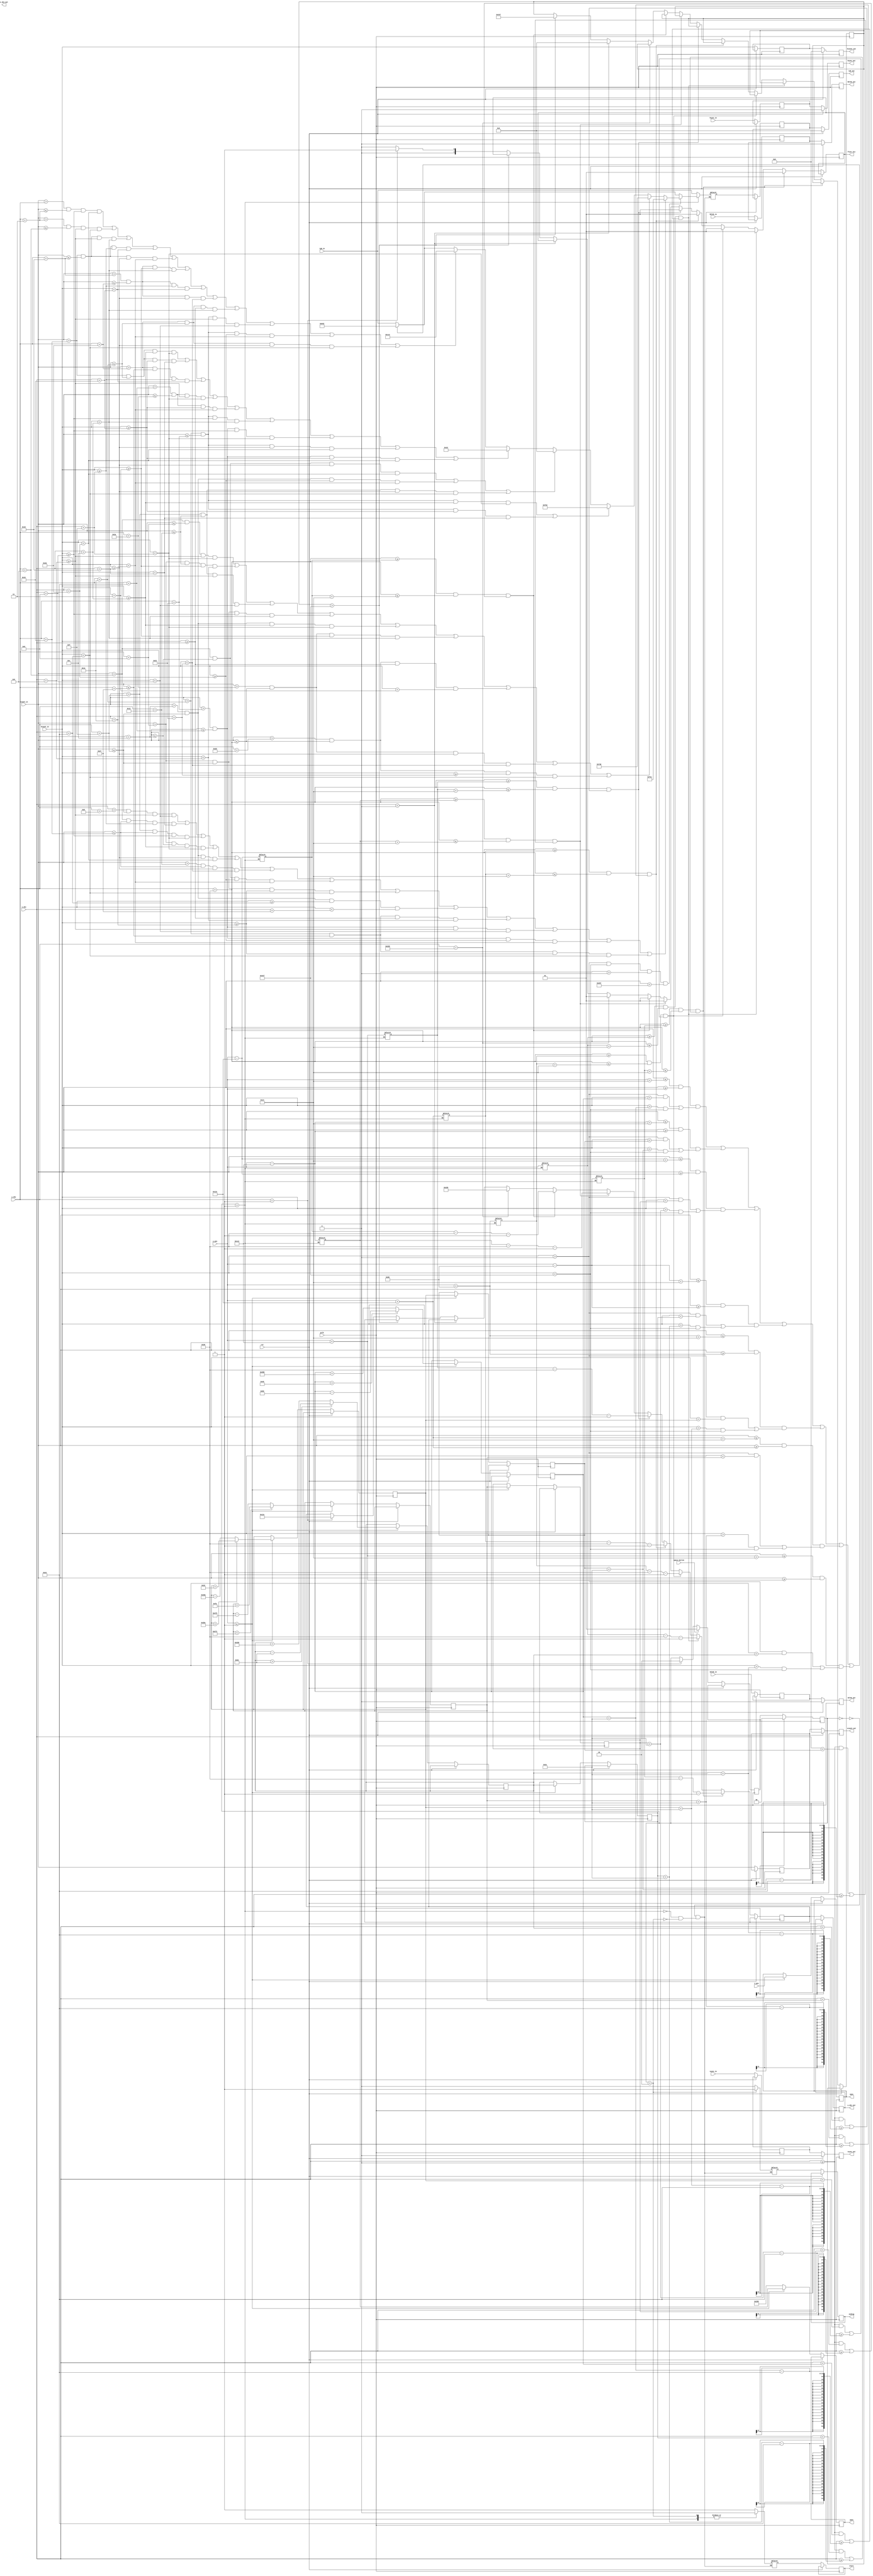
`timescale 1ns / 1ps
//////////////////////////////////////////////////////////////////////////////////
// Company: 
// Engineer: 
// 
// Design Name: 
// Module Name: floors_fall
// Project Name: 
// Target Devices: 
// Tool Versions: 
// Description: 
// 
// Dependencies: 
// 
// Revision:
// Revision 0.01 - File Created
// Additional Comments:
// 
//////////////////////////////////////////////////////////////////////////////////



module floors_fall(
   
    input wire space_button,
    input wire [11:0] x_pos,
    input wire [11:0] y_pos,
    input wire [11:0] x_obj,
    input wire [11:0] y_obj,
    input wire [10:0] hcount_in, 
    input wire hsync_in,
    input wire hblnk_in,
    input wire [10:0] vcount_in,
    input wire vsync_in,
    input wire vblnk_in,
    input wire pclk,
    input wire [11:0] rgb_in,
    input wire rst,
    
    output reg [10:0] hcount_out,
    output reg hsync_out,
    output reg hblnk_out,
    output reg [10:0] vcount_out,
    output reg vsync_out,
    output reg vblnk_out,
    output reg [11:0] rgb_out,
    output reg [11:0] xpos,
    output reg [11:0] ypos,
    output reg [11:0] x_obj_out,
    output reg [11:0] y_obj_out,
    output reg [1:0] floor_hit,
    output reg start,
    output reg ending
       
    );
     
   
    localparam OBJECT_WIDTH = 36;
    localparam MAX_HEIGHT = 600;
    localparam HEIGHT = 20;
    localparam HOLE = 60;
    localparam COLOR = 12'h6_4_2 ;
    localparam OBJECT_COLOR = 12'h8_1_d;
    localparam OBJECT_HEIGHT = 48;
    
    localparam start_screen = 0;
    localparam play = 1;
    localparam game_over = 2;
    
    reg [1:0] screen_state = start_screen; 
    reg [1:0] screen_state_nxt, screen_state_buff;
    reg start_nxt=1, ending_nxt;
    reg [11:0] rgb_out_nxt, rgb_out_buff, pixel_addr_nxt, pixel_addr_buff, adress, rgb_in_buff;    
    reg [10:0] vcount_out_nxt, vcount_out_buff;
    reg vsync_out_nxt, vsync_out_buff;
    reg vblnk_out_nxt, vblnk_out_buff;
    reg [10:0] hcount_out_nxt, hcount_out_buff;
    reg hsync_out_nxt, hsync_out_buff;
    reg hblnk_out_nxt, hblnk_out_buff;
    reg [11:0]x_pos2, y_pos2=600, y_obj_nxt=270, x_obj_nxt= 500;    
    reg [11:0] floor1, floor2, floor3, floor4, floor5, floor6, floor7;
    reg [11:0] floor1_rnd=570, floor2_rnd=300, floor3_rnd=500, floor4_rnd=230, floor5_rnd=450, floor6_rnd=125, floor7_rnd=600;     
    
     always @* begin
         
               vcount_out_buff = vcount_in;
               vsync_out_buff = vsync_in;
               vblnk_out_buff = vblnk_in;
               hcount_out_buff = hcount_in;
               hsync_out_buff = hsync_in;
               hblnk_out_buff = hblnk_in;
               
               if(space_button) begin
                  screen_state_buff = play;
               end                
               
               else if(y_obj == 1) begin
                  screen_state_buff = game_over;
               end
               
               else begin
                  screen_state_buff = screen_state;
               end 
               
             
               
                
   end
   
   
   always @* begin
                
        case(screen_state)
        
            start_screen: begin
            
            //F
            
            if(vcount_in >= 150 && vcount_in <= 250 && hcount_in >= 250 && hcount_in <= 260)
                        rgb_out_buff <= 12'h0_0_0;
                                    
            else if(vcount_in >= 150 && vcount_in <= 160 && hcount_in >= 260 && hcount_in <= 315)
                        rgb_out_buff <= 12'h0_0_0;
                                    
            else if(vcount_in >= 195 && vcount_in <= 205 && hcount_in >= 260 && hcount_in <= 315)
                        rgb_out_buff <= 12'h0_0_0;
                        
            //R
                                         
             else if(vcount_in >= 150 && vcount_in <= 250 && hcount_in >= 330 && hcount_in <= 340)
                          rgb_out_buff <= 12'h0_0_0;
                          
             else if(vcount_in >= 150 && vcount_in <= 160 && hcount_in >= 340 && hcount_in <= 378)
                           rgb_out_buff <= 12'h0_0_0;
                                        
             else if(vcount_in >= 190 && vcount_in <= 200 && hcount_in >= 340 && hcount_in <= 378)
                           rgb_out_buff <= 12'h0_0_0;             
                          
             else if (((hcount_in - 378)**2 + (vcount_in - 175)**2 <= 26**2) && ((hcount_in - 378)**2 + (vcount_in - 175)**2 >= 15**2) && hcount_in >= 378)
                          rgb_out_buff <= 12'h0_0_0;     
                          
             else if (((-2*hcount_in + vcount_in <= -542 && -2*hcount_in + vcount_in >= -565)) && (vcount_in >=200 && vcount_in <=250))  
                          rgb_out_buff <= 12'h0_0_0;                                                                          
                     
                        
           //E        
            else if(vcount_in >= 150 && vcount_in <= 250 && hcount_in >= 420 && hcount_in <= 430)
                        rgb_out_buff <= 12'h0_0_0;
                                    
            else if(vcount_in >= 150 && vcount_in <= 160 && hcount_in >= 430 && hcount_in <= 485)
                        rgb_out_buff <= 12'h0_0_0;
                                    
            else if(vcount_in >= 195 && vcount_in <= 205 && hcount_in >= 430 && hcount_in <= 485)
                        rgb_out_buff <= 12'h0_0_0;
                        
            else if(vcount_in >= 240 && vcount_in <= 250 && hcount_in >= 430 && hcount_in <= 485)
                        rgb_out_buff <= 12'h0_0_0;      
                   
           //E        
            else if(vcount_in >= 150 && vcount_in <= 250 && hcount_in >= 495 && hcount_in <= 505)
                        rgb_out_buff <= 12'h0_0_0;
                                    
            else if(vcount_in >= 150 && vcount_in <= 160 && hcount_in >= 505 && hcount_in <= 560)
                        rgb_out_buff <= 12'h0_0_0;
                                    
            else if(vcount_in >= 195 && vcount_in <= 205 && hcount_in >= 505 && hcount_in <= 560)
                        rgb_out_buff <= 12'h0_0_0;
                        
            else if(vcount_in >= 240 && vcount_in <= 250 && hcount_in >= 505 && hcount_in <= 560)
                        rgb_out_buff <= 12'h0_0_0;      
                   
                   
                   
                        
            //F
            
            if(vcount_in >= 300 && vcount_in <= 400 && hcount_in >= 250 && hcount_in <= 260)
                        rgb_out_buff <= 12'h0_0_0;
                                    
            else if(vcount_in >= 300 && vcount_in <= 310 && hcount_in >= 260 && hcount_in <= 315)
                        rgb_out_buff <= 12'h0_0_0;
                                    
            else if(vcount_in >= 345 && vcount_in <= 355 && hcount_in >= 260 && hcount_in <= 315)
                        rgb_out_buff <= 12'h0_0_0;
                        
                        
           //A         
             else if ((hcount_in >= 314 && hcount_in <= 365 && (2*hcount_in + vcount_in >= 1028 && 2*hcount_in + vcount_in <= 1048)) && (vcount_in >=300 && vcount_in <=400))  
                         rgb_out_buff <= 12'h0_0_0;
                        
             else if ((hcount_in >= 365 && hcount_in <= 418 && (-2*hcount_in + vcount_in <= -412 && -2*hcount_in + vcount_in >= -432)) && (vcount_in >=300 && vcount_in <=400))  
                         rgb_out_buff <= 12'h0_0_0;
                         
             else if (vcount_in <= 360 && vcount_in >= 350 && hcount_in >= 345 && hcount_in <= 385)
                         rgb_out_buff <= 12'h0_0_0;
                   
             
           //L        
             else if(vcount_in >= 300 && vcount_in <= 400 && hcount_in >= 425 && hcount_in <= 435)
                         rgb_out_buff <= 12'h0_0_0;
                               
             else if(vcount_in >= 390 && vcount_in <= 400 && hcount_in >= 435 && hcount_in <= 490)
                         rgb_out_buff <= 12'h0_0_0;                                               
           
          //L        
              else if(vcount_in >= 300 && vcount_in <= 400 && hcount_in >= 500 && hcount_in <= 510)
                          rgb_out_buff <= 12'h0_0_0;
                                                                                           
              else if(vcount_in >= 390 && vcount_in <= 400 && hcount_in >= 510 && hcount_in <= 565)
                          rgb_out_buff <= 12'h0_0_0; 
                   
                rgb_out_buff = rgb_in;               
                start_nxt=1;
                ending_nxt=0;
            end
            
            
            play: begin
           //floors       
                   floor1 = y_pos - 450;
                   floor2 = y_pos - 300;
                   floor3 = y_pos - 150;
                   floor4 = y_pos;
                   floor5 = y_pos + 150;
                   floor6 = y_pos + 300;
                   floor7 = y_pos + 450;
                    
                 if(((vcount_in <= (floor4 + HEIGHT) && (vcount_in >= floor4))) && (((hcount_in > 0) && (hcount_in < floor4_rnd)) || (hcount_in > floor4_rnd + HOLE) && (hcount_in < 799)) ||
                    (vcount_in <= (floor1 + HEIGHT) && (vcount_in >= floor1)) && (((hcount_in > 0) && (hcount_in < floor1_rnd)) || (hcount_in > floor1_rnd + HOLE) && (hcount_in < 799)) ||
                    (vcount_in <= (floor2 + HEIGHT) && (vcount_in >= floor2)) && (((hcount_in > 0) && (hcount_in < floor2_rnd)) || (hcount_in > floor2_rnd + HOLE) && (hcount_in < 799)) ||
                    (vcount_in <= (floor3 + HEIGHT) && (vcount_in >= floor3)) && (((hcount_in > 0) && (hcount_in < floor3_rnd)) || (hcount_in > floor3_rnd + HOLE) && (hcount_in < 799)) ||
                    (vcount_in <= (floor5 + HEIGHT) && (vcount_in >= floor5)) && (((hcount_in > 0) && (hcount_in < floor5_rnd)) || (hcount_in > floor5_rnd + HOLE) && (hcount_in < 799)) ||
                    (vcount_in <= (floor6 + HEIGHT) && (vcount_in >= floor6)) && (((hcount_in > 0) && (hcount_in < floor6_rnd)) || (hcount_in > floor6_rnd + HOLE) && (hcount_in < 799)) ||
                    (vcount_in <= (floor7 + HEIGHT) && (vcount_in >= floor7)) && (((hcount_in > 0) && (hcount_in < floor7_rnd)) || (hcount_in > floor7_rnd + HOLE) && (hcount_in < 799))) 
                    
                        rgb_out_buff = COLOR;
                    else 
                        rgb_out_buff = rgb_in;                  
                   
                  
                 //pixel man
                   if(hcount_in > 0 && hcount_in < 799 && vcount_in > 0 && vcount_in <599 ) begin
                   //red
                   if((vcount_in > y_obj) && (vcount_in <= (y_obj + 3)) && (hcount_in >= x_obj+9) && (hcount_in < x_obj + 27) ||
                   (vcount_in > y_obj+3) && (vcount_in <= (y_obj + 6)) && (hcount_in >= x_obj+6) && (hcount_in < x_obj + 36) ||
                   (vcount_in > y_obj+21) && (vcount_in <= (y_obj + 24)) && (hcount_in >= x_obj+6) && (hcount_in < x_obj + 12) ||
                   (vcount_in > y_obj+21) && (vcount_in <= (y_obj + 24)) && (hcount_in >= x_obj+15) && (hcount_in < x_obj + 21) ||
                   (vcount_in > y_obj+21) && (vcount_in <= (y_obj + 24)) && (hcount_in >= x_obj+24) && (hcount_in < x_obj + 30) ||
                   (vcount_in > y_obj+24) && (vcount_in <= (y_obj + 27)) && (hcount_in >= x_obj+3) && (hcount_in < x_obj + 12) ||
                   (vcount_in > y_obj+24) && (vcount_in <= (y_obj + 27)) && (hcount_in >= x_obj+15) && (hcount_in < x_obj + 21) ||
                   (vcount_in > y_obj+24) && (vcount_in <= (y_obj + 27)) && (hcount_in >= x_obj+24) && (hcount_in < x_obj + 33) ||
                   (vcount_in > y_obj+27) && (vcount_in <= (y_obj + 30)) && (hcount_in >= x_obj) && (hcount_in < x_obj + 12) ||
                   (vcount_in > y_obj+30) && (vcount_in <= (y_obj + 33)) && (hcount_in >= x_obj+6) && (hcount_in < x_obj + 9) ||
                   (vcount_in > y_obj+30) && (vcount_in <= (y_obj + 33)) && (hcount_in >= x_obj+27) && (hcount_in < x_obj + 30) ||
                   (vcount_in > y_obj+27) && (vcount_in <= (y_obj + 30)) && (hcount_in >= x_obj+24) && (hcount_in < x_obj + 36)) begin
                     rgb_out_buff = 12'hc_1_2;
                  end
                   
                   
                  //blue
                  
                  if((vcount_in > y_obj+21) && (vcount_in <= (y_obj + 30)) && (hcount_in >= x_obj+12) && (hcount_in < x_obj + 15) ||
                  (vcount_in > y_obj+21) && (vcount_in <= (y_obj + 30)) && (hcount_in >= x_obj+21) && (hcount_in < x_obj + 24) ||
                  (vcount_in > y_obj+27) && (vcount_in <= (y_obj + 39)) && (hcount_in >= x_obj+15) && (hcount_in < x_obj + 21) ||
                  (vcount_in > y_obj+36) && (vcount_in <= (y_obj + 42)) && (hcount_in >= x_obj+6) && (hcount_in < x_obj + 15) ||
                  (vcount_in > y_obj+36) && (vcount_in <= (y_obj + 42)) && (hcount_in >= x_obj+21) && (hcount_in < x_obj + 30) ||
                  (vcount_in > y_obj+30) && (vcount_in <= (y_obj + 33)) && (hcount_in >= x_obj+9) && (hcount_in < x_obj + 12) ||
                  (vcount_in > y_obj+33) && (vcount_in <= (y_obj + 36)) && (hcount_in >= x_obj+9) && (hcount_in < x_obj + 15) ||
                  (vcount_in > y_obj+30) && (vcount_in <= (y_obj + 33)) && (hcount_in >= x_obj+24) && (hcount_in < x_obj + 27) ||
                  (vcount_in > y_obj+33) && (vcount_in <= (y_obj + 36)) && (hcount_in >= x_obj+21) && (hcount_in < x_obj + 27) 
                  ) begin
                    rgb_out_buff = 12'h0_1_d;
                  end
                                     
                                    
                   //black
                   if((vcount_in > y_obj +6) && (vcount_in <= (y_obj + 12)) && (hcount_in >= x_obj+24) && (hcount_in < x_obj + 27)||
                   (vcount_in > y_obj +12) && (vcount_in <= (y_obj + 15)) && (hcount_in >= x_obj+27) && (hcount_in < x_obj + 30)||
                   (vcount_in > y_obj +15) && (vcount_in <= (y_obj + 18)) && (hcount_in >= x_obj+24) && (hcount_in < x_obj + 36)
                   ) begin
                     rgb_out_buff = 12'h0_0_0;
                   end
                  
                   
                   //yellow
                   if((vcount_in > y_obj+30) && (vcount_in <= (y_obj + 33)) && (hcount_in >= x_obj+12) && (hcount_in < x_obj + 15)||
                   (vcount_in > y_obj+30) && (vcount_in <= (y_obj + 33)) && (hcount_in >= x_obj+21) && (hcount_in < x_obj + 24)) begin
                    rgb_out_buff = 12'hf_e_0;
                   end
                                      
                   //brown
                   if((vcount_in > y_obj+6) && (vcount_in <= (y_obj + 9)) && (hcount_in >= x_obj+6) && (hcount_in < x_obj + 15)||
                   (vcount_in > y_obj+9) && (vcount_in <= (y_obj + 18)) && (hcount_in >= x_obj+3) && (hcount_in < x_obj + 6)||
                   (vcount_in > y_obj+15) && (vcount_in <= (y_obj + 18)) && (hcount_in >= x_obj+6) && (hcount_in < x_obj + 9)||
                   (vcount_in > y_obj+9) && (vcount_in <= (y_obj + 15)) && (hcount_in >= x_obj+9) && (hcount_in < x_obj + 12)||
                   (vcount_in > y_obj+12) && (vcount_in <= (y_obj + 15)) && (hcount_in >= x_obj+12) && (hcount_in < x_obj + 15)||
                   (vcount_in > y_obj+42) && (vcount_in <= (y_obj + 48)) && (hcount_in >= x_obj+3) && (hcount_in < x_obj + 12)||
                   (vcount_in > y_obj+45) && (vcount_in <= (y_obj + 48)) && (hcount_in >= x_obj) && (hcount_in < x_obj + 3)||
                   (vcount_in > y_obj+42) && (vcount_in <= (y_obj + 48)) && (hcount_in >= x_obj+24) && (hcount_in < x_obj + 33)||
                   (vcount_in > y_obj+45) && (vcount_in <= (y_obj + 48)) && (hcount_in >= x_obj+33) && (hcount_in < x_obj + 36)
                   ) begin
                     rgb_out_buff = 12'h7_3_0;
                   end
                                      
                                      
                   //nude                   
                   if((vcount_in > y_obj+8) && (vcount_in <= (y_obj + 15)) && (hcount_in >= x_obj+6) && (hcount_in < x_obj + 9)||
                   (vcount_in > y_obj+6) && (vcount_in <= (y_obj + 21)) && (hcount_in >= x_obj+15) && (hcount_in < x_obj + 24)||
                   (vcount_in > y_obj+15) && (vcount_in <= (y_obj + 21)) && (hcount_in >= x_obj+9) && (hcount_in < x_obj + 15)||
                   (vcount_in > y_obj+9) && (vcount_in <= (y_obj + 12)) && (hcount_in >= x_obj+12) && (hcount_in < x_obj + 15)||
                   (vcount_in > y_obj+12) && (vcount_in <= (y_obj + 15)) && (hcount_in >= x_obj+24) && (hcount_in < x_obj + 27)||
                   (vcount_in > y_obj+18) && (vcount_in <= (y_obj + 21)) && (hcount_in >= x_obj+24) && (hcount_in < x_obj + 33)||
                   (vcount_in > y_obj+6) && (vcount_in <= (y_obj + 12)) && (hcount_in >= x_obj+27) && (hcount_in < x_obj + 30)||
                   (vcount_in > y_obj+9) && (vcount_in <= (y_obj + 15)) && (hcount_in >= x_obj+30) && (hcount_in < x_obj + 36)||
                   (vcount_in > y_obj+12) && (vcount_in <= (y_obj + 15)) && (hcount_in >= x_obj+36) && (hcount_in < x_obj + 39)||
                   (vcount_in > y_obj+30) && (vcount_in <= (y_obj + 39)) && (hcount_in >= x_obj) && (hcount_in < x_obj + 6)||
                   (vcount_in > y_obj+33) && (vcount_in <= (y_obj + 36)) && (hcount_in >= x_obj+6) && (hcount_in < x_obj + 9)||
                   (vcount_in > y_obj+33) && (vcount_in <= (y_obj + 36)) && (hcount_in >= x_obj+27) && (hcount_in < x_obj + 30)||
                   (vcount_in > y_obj+30) && (vcount_in <= (y_obj + 39)) && (hcount_in >= x_obj+30) && (hcount_in < x_obj + 36)
                   ) begin
                      rgb_out_buff = 12'hf_e_c;
                   end
                  end
               
 
                   
                   
                   start_nxt=0;
                   ending_nxt=0;                  
            
            end
            
            
            game_over: begin
                
                        
                // G                   
                 if (((hcount_in - 250)**2 + (vcount_in - 200)**2 <= 50**2) && ((hcount_in - 250)**2 + (vcount_in - 200)**2 >= 40**2 && hcount_in < 250)                       
                     || ((hcount_in - 250)**2 + (vcount_in - 200)**2 <= 50**2) && ((hcount_in - 250)**2 + (vcount_in - 200)**2 >= 40**2 && (vcount_in < 175 || vcount_in > 225) && hcount_in >= 250))
                        rgb_out_buff <= 12'h0_0_0;
                        
                else if(vcount_in <= 225 && vcount_in >= 200 && hcount_in >= 282 && hcount_in <= 293)
                        rgb_out_buff <= 12'h0_0_0;
                        
                else if(vcount_in <= 210 && vcount_in >= 200 && hcount_in >= 263 && hcount_in <= 283)
                        rgb_out_buff <= 12'h0_0_0;
                        
               //A         
                else if ((hcount_in >= 300 && hcount_in <= 350 && (2*hcount_in + vcount_in >= 850 && 2*hcount_in + vcount_in <= 870)) && (vcount_in >=150 && vcount_in <=250))  
                            rgb_out_buff <= 12'h0_0_0;
                           
                else if ((hcount_in >= 350 && hcount_in <= 400 && (-2*hcount_in + vcount_in <= -530 && -2*hcount_in + vcount_in >= -550)) && (vcount_in >=150 && vcount_in <=250))  
                            rgb_out_buff <= 12'h0_0_0;
                            
                else if (vcount_in <= 210 && vcount_in >= 200 && hcount_in >= 325 && hcount_in <= 375)
                            rgb_out_buff <= 12'h0_0_0;
                
                //M            
                                                  
                 else if(vcount_in >= 150 && vcount_in <= 250 && hcount_in >= 500 && hcount_in <= 510)
                             rgb_out_buff <= 12'h0_0_0;
                             
                 else if(vcount_in >= 150 && vcount_in <= 250 && hcount_in >= 410 && hcount_in <= 420)
                             rgb_out_buff <= 12'h0_0_0; 
                  
                 else if ((hcount_in >= 460 && hcount_in <= 500 && ((3/2)*hcount_in + vcount_in >= 650 && (3/2)*hcount_in + vcount_in <= 665) && (vcount_in >=150 && vcount_in <=250)))  
                             rgb_out_buff <= 12'h0_0_0;  
                             
                 else if ((hcount_in >= 420 && hcount_in <= 460 && (-(3/2)*hcount_in + vcount_in <= -255 && -(3/2)*hcount_in + vcount_in >= -270) && (vcount_in >=150 && vcount_in <=250)))  
                             rgb_out_buff <= 12'h0_0_0;  
                                                     
                //E
                
                else if(vcount_in >= 150 && vcount_in <= 250 && hcount_in >= 520 && hcount_in <= 530)
                            rgb_out_buff <= 12'h0_0_0;
                                        
                else if(vcount_in >= 150 && vcount_in <= 160 && hcount_in >= 530 && hcount_in <= 585)
                            rgb_out_buff <= 12'h0_0_0;
                                        
                else if(vcount_in >= 195 && vcount_in <= 205 && hcount_in >= 530 && hcount_in <= 585)
                            rgb_out_buff <= 12'h0_0_0;
                            
                else if(vcount_in >= 240 && vcount_in <= 250 && hcount_in >= 530 && hcount_in <= 585)
                            rgb_out_buff <= 12'h0_0_0;     
                            
                //O
                else if (((hcount_in - 265)**2 + (vcount_in - 350)**2 <= 50**2) && ((hcount_in - 265)**2 + (vcount_in - 350)**2 >= 40**2))
                            rgb_out_buff <= 12'h0_0_0;
                            
                //V
                
                else if ((hcount_in >= 365 && hcount_in <= 415 && (2*hcount_in + vcount_in >= 1110 && 2*hcount_in + vcount_in <= 1130)) && (vcount_in >=300 && vcount_in <=400))  
                            rgb_out_buff <= 12'h0_0_0;
                                       
                else if ((hcount_in >= 315 && hcount_in <= 365 && (-2*hcount_in + vcount_in <= -330 && -2*hcount_in + vcount_in >= -350)) && (vcount_in >=300 && vcount_in <=400))  
                            rgb_out_buff <= 12'h0_0_0;            
                
                //E
                
                 else if(vcount_in >= 300 && vcount_in <= 400 && hcount_in >= 425 && hcount_in <= 435)
                              rgb_out_buff <= 12'h0_0_0;
                                          
                  else if(vcount_in >= 300 && vcount_in <= 310 && hcount_in >= 435 && hcount_in <= 490)
                              rgb_out_buff <= 12'h0_0_0;
                                          
                  else if(vcount_in >= 345 && vcount_in <= 355 && hcount_in >= 435 && hcount_in <= 490)
                              rgb_out_buff <= 12'h0_0_0;
                              
                  else if(vcount_in >= 390 && vcount_in <= 400 && hcount_in >= 435 && hcount_in <= 490)
                              rgb_out_buff <= 12'h0_0_0;
                    
                 //R
                 
                 else if(vcount_in >= 300 && vcount_in <= 400 && hcount_in >= 500 && hcount_in <= 510)
                              rgb_out_buff <= 12'h0_0_0;
                              
                 else if(vcount_in >= 300 && vcount_in <= 310 && hcount_in >= 510 && hcount_in <= 542)
                               rgb_out_buff <= 12'h0_0_0;
                                            
                 else if(vcount_in >= 340 && vcount_in <= 350 && hcount_in >= 510 && hcount_in <= 542)
                               rgb_out_buff <= 12'h0_0_0;             
                              
                 else if (((hcount_in - 547)**2 + (vcount_in - 325)**2 <= 26**2) && ((hcount_in - 547)**2 + (vcount_in - 325)**2 >= 15**2) && hcount_in >= 542)
                              rgb_out_buff <= 12'h0_0_0;     
                              
                 else if (((-2*hcount_in + vcount_in <= -735 && -2*hcount_in + vcount_in >= -757)) && (vcount_in >=350 && vcount_in <=400))  
                              rgb_out_buff <= 12'h0_0_0;           
                                 
                    rgb_out_buff = rgb_in;                    
                    
                    start_nxt=0;
                    ending_nxt=1;
            end
            
       endcase 
    
   end 
   
     
     always @(posedge pclk) begin
        if (rst) begin
            vcount_out <= 0;
            vsync_out <= 0;
            vblnk_out <= 0;
            hcount_out <= 0;
            hsync_out <= 0;
            hblnk_out <= 0;                           
            rgb_out <= 0;
            //accel <= 0;
            
            screen_state <= 0;
        end
     
         else begin
             
            vcount_out_nxt <= vcount_out_buff;
            vsync_out_nxt <= vsync_out_buff; 
            vblnk_out_nxt <= vblnk_out_buff;
            hcount_out_nxt <= hcount_out_buff;
            hsync_out_nxt <= hsync_out_buff;  
            hblnk_out_nxt <= hblnk_out_buff;
            rgb_out_nxt <= rgb_out_buff;
                  
            vcount_out <= vcount_out_nxt; 
            vsync_out <= vsync_out_nxt;
            vblnk_out <= vblnk_out_nxt;
            hcount_out <= hcount_out_nxt;
            hsync_out <= hsync_out_nxt;
            hblnk_out <= hblnk_out_nxt;      
            rgb_out <= rgb_out_nxt;            
           
            y_obj_out <= y_obj_nxt;
            
           
            
            start <= start_nxt;
            ending <= ending_nxt;
                        
            screen_state_nxt <= screen_state_buff;
            screen_state <= screen_state_nxt;
            
            if(((y_obj + OBJECT_HEIGHT) >= floor3 && (y_obj + OBJECT_HEIGHT) <= floor3 + 20) && ((x_obj >= 0 && x_obj < floor3_rnd) || (x_obj >= floor3_rnd + HOLE - OBJECT_WIDTH)))  begin
                 y_obj_nxt = floor3 - OBJECT_HEIGHT - 1; 
                 floor_hit = 1;
                                                             
                end 
                
            else if(((y_obj + OBJECT_HEIGHT) >= floor4 && (y_obj + OBJECT_HEIGHT) <= floor4 + 20) && ((x_obj >= 0 && x_obj < floor4_rnd) || (x_obj >= floor4_rnd + HOLE - OBJECT_WIDTH)))  begin
                    y_obj_nxt = floor4 - OBJECT_HEIGHT - 1;
                    floor_hit = 1;
                    
                 end
             else if(((y_obj + OBJECT_HEIGHT) >= floor5 && (y_obj + OBJECT_HEIGHT) <= floor5 + 20) && ((x_obj >= 0 && x_obj < floor5_rnd) || (x_obj >= floor5_rnd + HOLE - OBJECT_WIDTH)))  begin
                   y_obj_nxt = floor5 - OBJECT_HEIGHT - 1; 
                   floor_hit = 1;
                  
                end                       
             else if(((y_obj + OBJECT_HEIGHT) >= floor6 && (y_obj + OBJECT_HEIGHT) <= floor6 + 20) && ((x_obj >= 0 && x_obj < floor6_rnd) || (x_obj >= floor6_rnd + HOLE - OBJECT_WIDTH)))  begin
                  y_obj_nxt = floor6 - OBJECT_HEIGHT - 1;
                  floor_hit = 1;
                  
                end
                              
               else if(((y_obj + OBJECT_HEIGHT) >= floor7 && (y_obj + OBJECT_HEIGHT) <= floor7 + 20) && ((x_obj >= 0 && x_obj < floor7_rnd) || (x_obj >= floor7_rnd + HOLE - OBJECT_WIDTH)))  begin
                  y_obj_nxt = floor7 - OBJECT_HEIGHT - 1;
                  floor_hit = 1;
                 
                end
                            
             else if(((y_obj + OBJECT_HEIGHT) >= floor1 && (y_obj + OBJECT_HEIGHT) <= floor1 + 20) && ((x_obj >= 0 && x_obj < floor1_rnd) || (x_obj >= floor1_rnd + HOLE - OBJECT_WIDTH)))  begin
                  y_obj_nxt = floor1 - OBJECT_HEIGHT - 1;     
                  floor_hit = 1;
                  
                 end   
                                                                                                                                        
             else if(((y_obj + OBJECT_HEIGHT) >= floor2 && (y_obj + OBJECT_HEIGHT) <= floor2 + 20) && ((x_obj >= 0 && x_obj < floor2_rnd) || ( x_obj >= floor2_rnd + HOLE - OBJECT_WIDTH)))  begin
                 y_obj_nxt = floor2 - OBJECT_HEIGHT - 1;       
                 floor_hit = 1;
                 
               end
               
               else if(y_obj == MAX_HEIGHT - OBJECT_HEIGHT) begin
                 y_obj_nxt = MAX_HEIGHT - OBJECT_HEIGHT; 
                 floor_hit = 1;
                
               end
               else if(x_obj < 0) begin  //zmiana
                x_obj_nxt = 0;
               end
               
               else if(x_obj_nxt > 799) begin //zmiana
                    x_obj_nxt = 799;
               end
               
               else if(y_obj == 1) begin
                y_obj_nxt = 300; 
                floor_hit = 1;
                 
              end    
                                                                               
             else begin
                 floor_hit = 0;
                 
              end
            
           if(y_pos <= 1) begin
                xpos <= x_pos;
                ypos <= floor1;
                
                floor1_rnd <= floor5_rnd;
                floor2_rnd <= floor6_rnd;
                floor3_rnd <= floor7_rnd;
                
                if(floor5_rnd < 700)
                     floor5_rnd = floor5_rnd + 50;
                else 
                     floor5_rnd = floor5_rnd - 650;
                     
                if(floor6_rnd < 625)
                     floor6_rnd = floor6_rnd + 250;
                else 
                     floor6_rnd = floor6_rnd - 500;                    
                 
                if(floor7_rnd > 100)
                     floor7_rnd = floor7_rnd - 100;
                else 
                     floor7_rnd = floor7_rnd + 550;
                     
                if(floor4_rnd > 70)
                     floor4_rnd = floor4_rnd - 80;
                else 
                     floor4_rnd = floor4_rnd + 640;     
                
            end
             
           else begin
                ypos <= y_pos2;
                
          end   
            
         end   

     end
endmodule